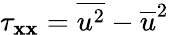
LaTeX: \tau_{\mathbf{x}\mathbf{x}}=\overline{{{{u^{2}}}}}-\overline{{{{u}}}}^{2}